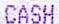
CASH